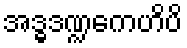
အဒ္ဓဒဏ္ဍကေဟိပိ